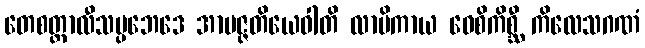
တေစတ္တာလီသပ္ပဘေဒေ အာပဇ္ဇတိယေဝါတိ လာမိကာယ ဝေစိကိစ္ဆီ ကိလေသဂဏံ